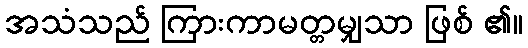
အသံသည် ကြားကာမတ္တမျှသာ ဖြစ် ၏။